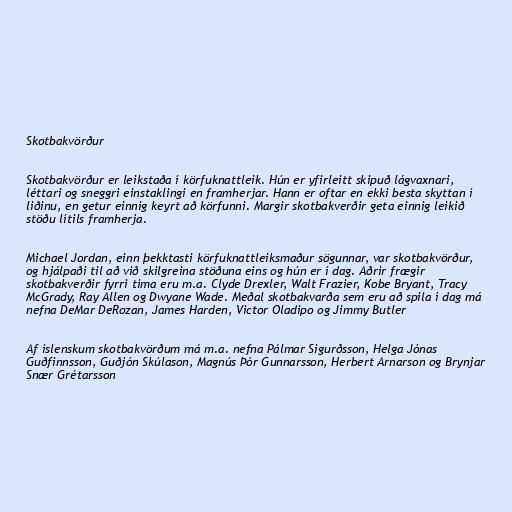
Skotbakvörður

Skotbakvörður er leikstaða í körfuknattleik. Hún er yfirleitt skipuð lágvaxnari,
léttari og sneggri einstaklingi en framherjar. Hann er oftar en ekki besta skyttan í
liðinu, en getur einnig keyrt að körfunni. Margir skotbakverðir geta einnig leikið
stöðu lítils framherja.

Michael Jordan, einn þekktasti körfuknattleiksmaður sögunnar, var skotbakvörður,
og hjálpaði til að við skilgreina stöðuna eins og hún er í dag. Aðrir frægir
skotbakverðir fyrri tíma eru m.a. Clyde Drexler, Walt Frazier, Kobe Bryant, Tracy
McGrady, Ray Allen og Dwyane Wade. Meðal skotbakvarða sem eru að spila í dag má
nefna DeMar DeRozan, James Harden, Victor Oladipo og Jimmy Butler

Af íslenskum skotbakvörðum má m.a. nefna Pálmar Sigurðsson, Helga Jónas
Guðfinnsson, Guðjón Skúlason, Magnús Þór Gunnarsson, Herbert Arnarson og Brynjar
Snær Grétarsson